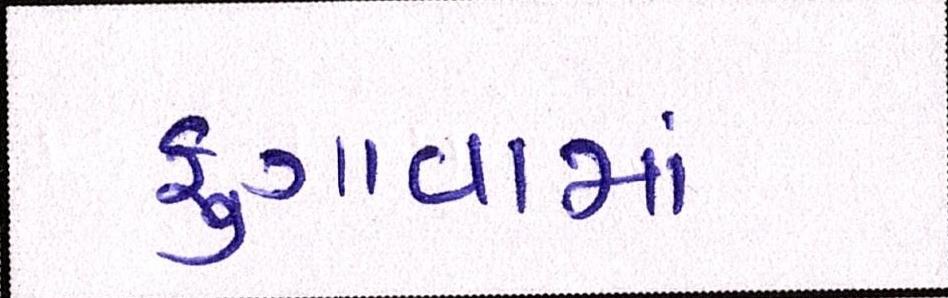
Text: ફુગાવામાં